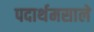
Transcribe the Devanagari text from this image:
पदार्थमसाले